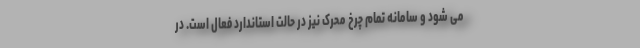
می شود و سامانه تمام چرخ محرک نیز در حالت استاندارد فعال است. در